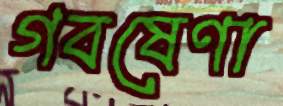
গবষেণা